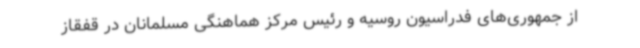
از جمهوری‌های فدراسیون روسیه و رئیس مرکز هماهنگی مسلمانان در قفقاز